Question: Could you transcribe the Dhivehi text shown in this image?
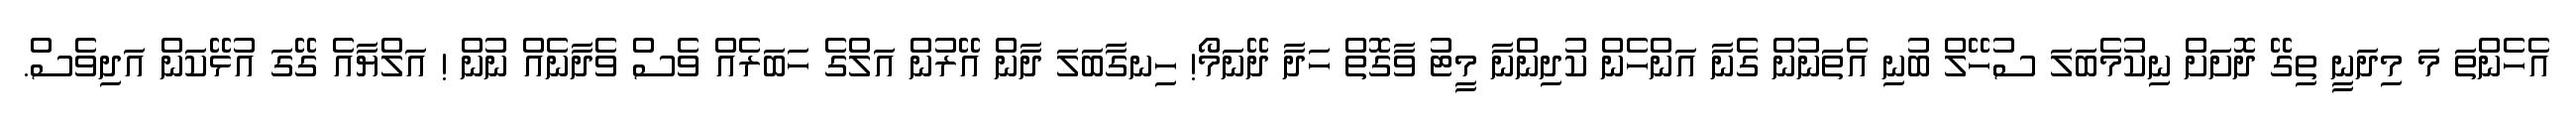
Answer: އެހެންތަ މަ މިދަނީ ތިގޭ ދޮށަށް ނިކުމެބަލަ ސުހޭލް ބުނި އެތަނުން ގެނާ އަންހެން ކުދިންނާ މީޓު ވާގޮތް ހަދާ ދޭނަމޯ! ހިނގާބަލަ ދާން އޭރުން އަލްގެ ހަބަރެއް ވެސް ވެދާނެއް ނުން ! އަލްޔާއެ ގޭގަ އުޅޭކަން އަދިވެސް.